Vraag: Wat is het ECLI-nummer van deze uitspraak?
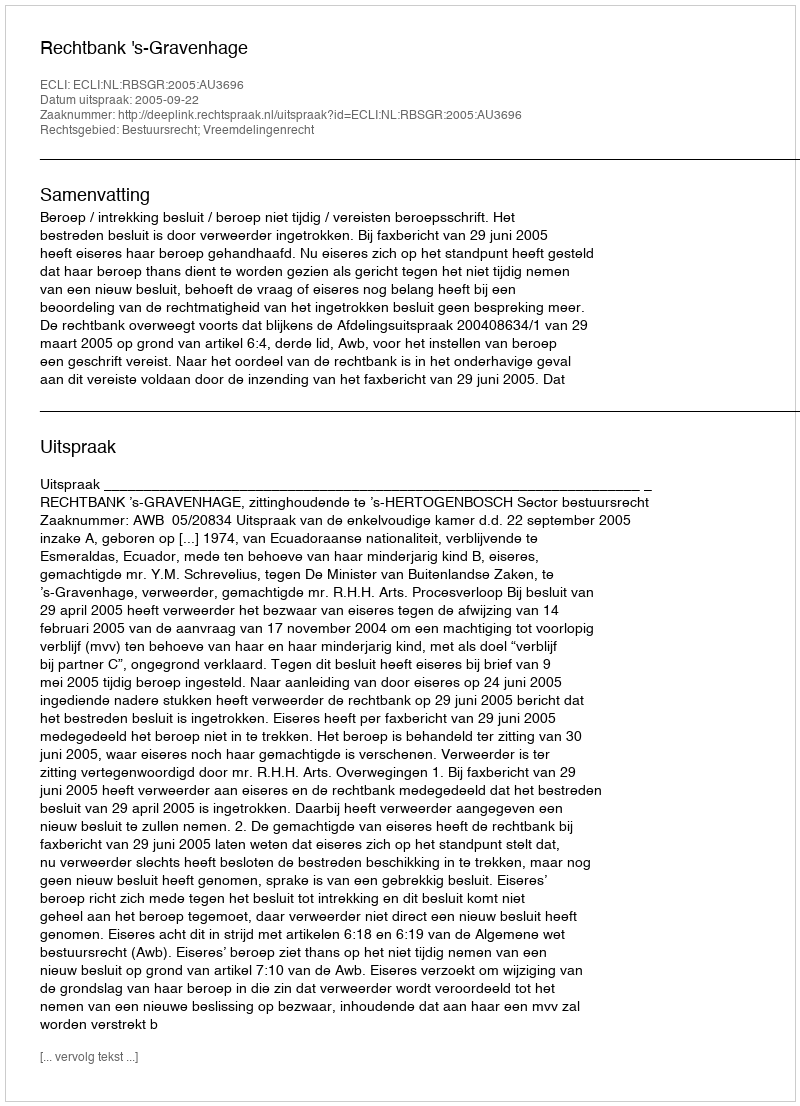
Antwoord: ECLI:NL:RBSGR:2005:AU3696